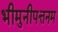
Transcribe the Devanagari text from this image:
भीमुनीपत्तनम